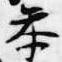
参